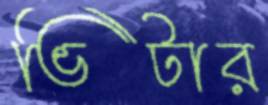
ভিটার